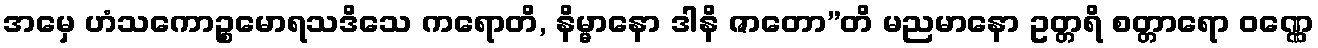
အမှေ ဟံသကောဉ္စမောရသဒိသေ ကရောတိ, နိမ္မာနော ဒါနိ ဇာတော”တိ မညမာနော ဥတ္တရိ စတ္တာရော ဝဏ္ဏေ